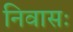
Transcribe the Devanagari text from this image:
निवासः